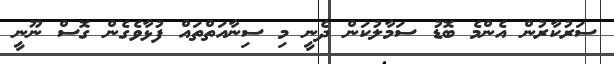
ސަރުކާރުން އެންމެ ބޮޑު ސަމާލުކަން ދެނީ މި ސިނާއަތްތައް ފުޅާވެގެން ގޮސް ނޫނީ